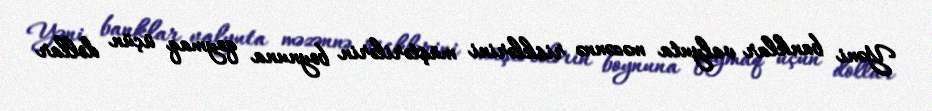
Yəni banklar valyuta məzənnə risklərini müştərilərin boynuna qoymaq üçün dollar